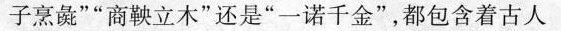
子烹彘””商鞅立木”还是”一诺千金”，都包含着古人